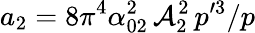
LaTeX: a_{2}=8\pi^{4}\alpha_{02}^{2}\, {\cal A}_{2}^{2}\, p^{\prime 3}/p